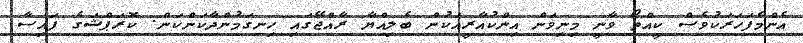
އެންމެފަހަރަކުވެސް ކީއްތޯ ވާނީ މިނިވަން އިންކުއާރީއަކުން ބެލިއްޔާ ރާއްޖޭގައި ހިނގަމުންދާކަންކަން. ކޮރަޕްޝަގެ ފައިސާ